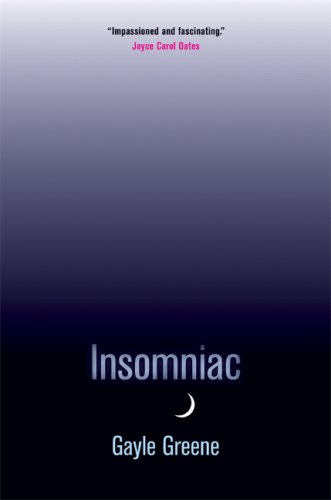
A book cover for Insomniac; Gayle Greene; Health, Fitness & Dieting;